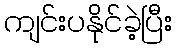
ကျင်းပနိုင်ခဲ့ပြီး